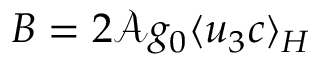
B = 2 \mathcal { A } g _ { 0 } \langle u _ { 3 } c \rangle _ { H }